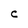
Character: C